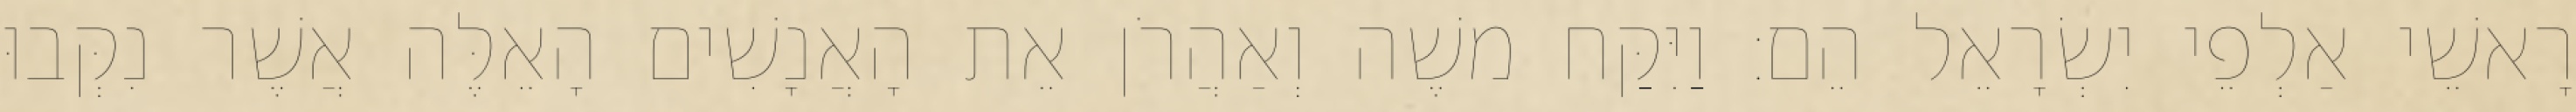
רָאשֵׁי אַלְפֵי יִשְׂרָאֵל הֵם׃ וַיִּקַּח משֶׁה וְאַהֲרֹן אֵת הָאֲנָשִׁים הָאֵלֶּה אֲשֶׁר נִקְּבוּ